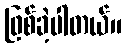
ဖြစ်ခဲ့ပါတယ်။